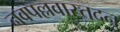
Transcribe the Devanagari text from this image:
नवपल्लवास्तदनु